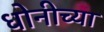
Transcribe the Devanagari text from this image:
धोनीच्या